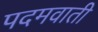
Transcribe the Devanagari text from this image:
पदमवाती